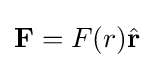
\mathbf {F} =F(r){\hat {\mathbf {r} }}